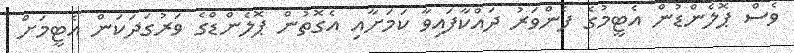
ވެސް ޕޮލެންޑުން އެޓީމުގެ ފެންވަރު ދައްކާފައިވާ ކަމަށާއި އެގޮތުން ޕޮލެންޑްގެ ވަރުގަދަކަން އެޓީމަށް